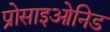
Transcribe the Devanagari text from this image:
प्रोसाइओनिड